[Report on the health of British troops in the Madras command]
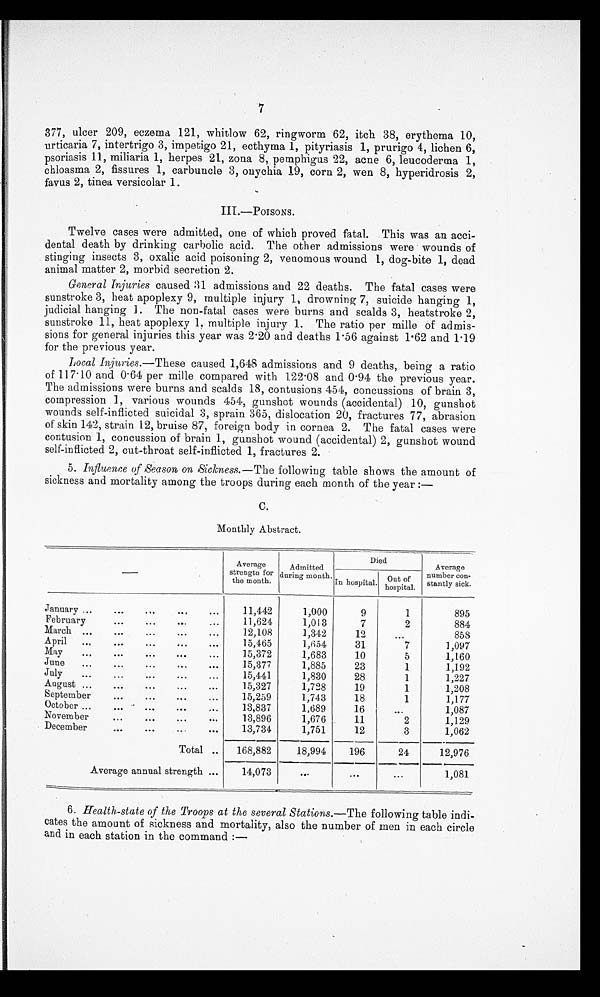
7
377, ulcer 209, eczema 121, whitlow 62, ringworm 62, itch 38, erythema 10,
urticaria 7, intertrigo 3, impetigo 21, ecthyma 1, pityriasis 1, prurigo 4, lichen 6,
psoriasis 11, miliaria 1, herpes 21, zona 8, pemphigus 22, acne 6, leucoderma 1,
chloasma 2, fissures 1, carbuncle 3, onychia 19, corn 2, wen 8, hyperidrosis 2,
favus 2, tinea versicolar 1.
III.—POISONS.
Twelve cases were admitted, one of which proved fatal. This was an acci-
dental death by drinking carbolic acid. The other admissions were wounds of
stinging insects 3, oxalic acid poisoning 2, venomous wound 1, dog-bite 1, dead
animal matter 2, morbid secretion 2.
General Injuries caused 31 admissions and 22 deaths. The fatal cases were
sunstroke 3, heat apoplexy 9, multiple injury 1, drowning 7, suicide hanging 1,
judicial hanging 1. The non-fatal cases were burns and scalds 3, heatstroke 2,
sunstroke 11, heat apoplexy 1, multiple injury 1. The ratio per mille of admis-
sions for general injuries this year was 2.20 and deaths 1.56 against 1.62 and 1.19
for the previous year.
Local Injuries.— These caused 1,648 admissions and 9 deaths, being a ratio
of 117.10 and 0.64 per mille compared with 122.08 and 0.94 the previous year.
The admissions were burns and scalds 18, contusions 454, concussions of brain 3,
compression 1, various wounds 454, gunshot wounds (accidental) 10, gunshot
wounds self-inflicted suicidal 3, sprain 365, dislocation 20, fractures 77, abrasion
of skin 142, strain 12, bruise 87, foreign body in cornea 2. The fatal cases were
contusion 1, concussion of brain 1, gunshot wound (accidental) 2, gunshot wound
self-inflicted 2, cut-throat self-inflicted 1, fractures 2.
5. Influence of Season on sickness.—The following table shows the amount of
sickness and mortality among the troops during each month of the year :—
C.
Monthly Abstract.
Averag
e st r engt h f or
the month. I
Admitted
during month.
Died
Average
number con
¬ s t a n t l y s i c k .
In hospital. Out of
hospital.
January ...
...
...
...
. . .
11,442
1,000
9
1
895
February
...
...
...
...
11,624
1,013
7
2
884
March ...
...
...
...
. . .
12,108
1,342
12
...
858
April
...
...
...
...
. . .
15,465
1,654
31
7
1,097
May
...
...
...
...
...
15,372
1,683
10
5
1,160
June
... ...
...
...
. . .
15,377
1,885
23
1
1,192
July
...
...
...
...
...
15,441
1,830
28
1
1,227
August ...
...
...
...
...
15,327
1,728
19
1
1,208
September
...
...
...
...
15,259
1,743
18
1
1,177
October ...
...
...
...
,..
13,837
1,689
16
. . .
1,087
November
...
...
...
...
13,896
1,676
11
2
1,129
December
...
...
...
. . .
13,734
1,751
12
3
1,062
Total ..
168,882
18,994
196
24
12,976
Average annual strength ...
14,073
. . .
. . .
. . .
1,081
6. Health-state of the Troops at the several Stations.—The following table indi-
cates the amount of sickness and mortality, also the number of men in each circle
and in each station in the command :—